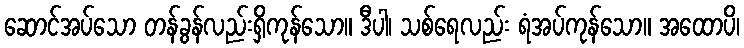
ဆောင်အပ်သော တန်ခွန်လည်းရှိကုန်သော။ ဒီပါ၊ သစ်ရေလည်း ရံအပ်ကုန်သော။ အထောပိ၊